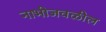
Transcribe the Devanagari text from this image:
नाभीजवळील